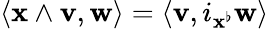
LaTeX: \langle\mathbf{x}\wedge\mathbf{v},\mathbf{w}\rangle=\langle\mathbf{v},i_{\mathbf{x}^{\flat}}\mathbf{w}\rangle